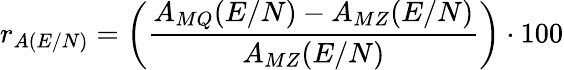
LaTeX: r_{A(E/N)}=\left(\frac{A_{MQ}(E/N)-A_{MZ}(E/N)}{A_{MZ}(E/N)}\right)\cdot 100